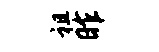
祖昨